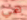
هي